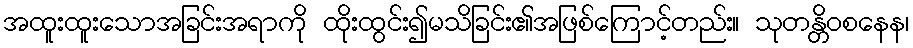
အထူးထူးသောအခြင်းအရာကို ထိုးထွင်း၍မသိခြင်း၏အဖြစ်ကြောင့်တည်း။ သုတန္တိဝစနေန၊